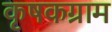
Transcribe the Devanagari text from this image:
कृषकग्राम